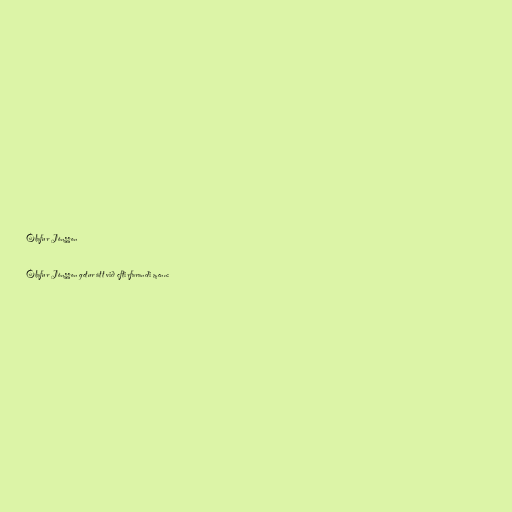
Ólafur Jónsson

Ólafur Jónsson getur átt við eftirfarandi menn: